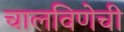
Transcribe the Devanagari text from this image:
चालविणेची